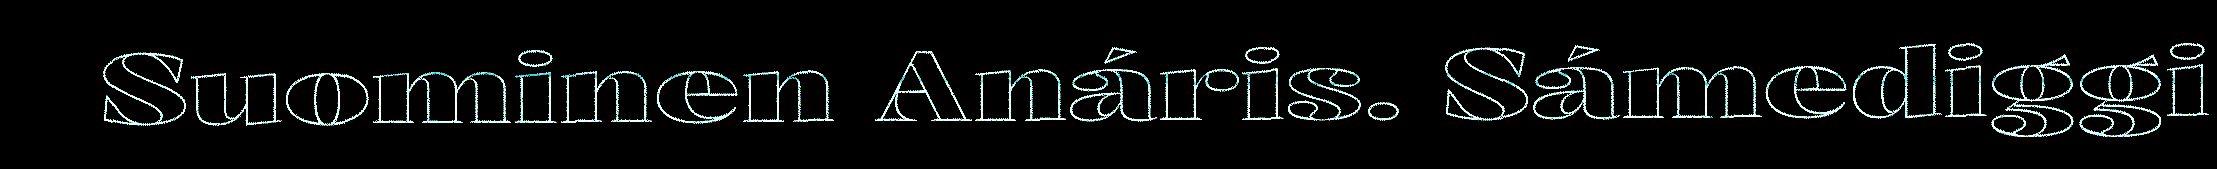
Suominen Anáris. Sámediggi